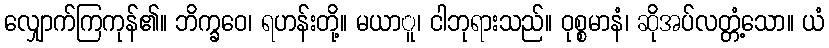
လျှောက်ကြကုန်၏။ ဘိက္ခဝေ၊ ရဟန်းတို့။ မယာူ၊ ငါဘုရားသည်။ ဝုစ္စမာနံ၊ ဆိုအပ်လတ္တံ့သော။ ယံ